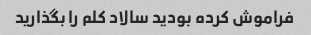
فراموش کرده بودید سالاد کلم را بگذارید